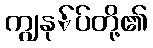
ကျွနု်ပ်တို့၏